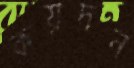
কয়দন